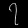
Digit: ၇